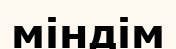
міндім